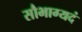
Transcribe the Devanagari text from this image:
सौभाग्यदं